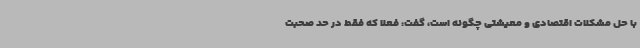
با حل مشکلات اقتصادی و معیشتی چگونه است، گفت: فعلا که فقط در حد صحبت